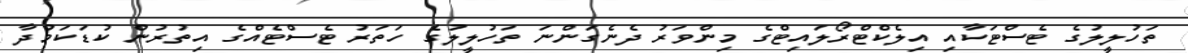
ތަހުލީލުގެ ޓެސްޓަކާއި އިލެކްޓްރޯލައިޓްގެ މިންވަރު ދެނެގަންނަ ތަހުލީލުގެ ހަތަރު ޓެސްޓެއްގެ އިތުރުން ކުޑަކަމުދާ